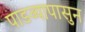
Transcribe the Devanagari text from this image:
पाडव्यापासुन